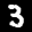
Label: 3